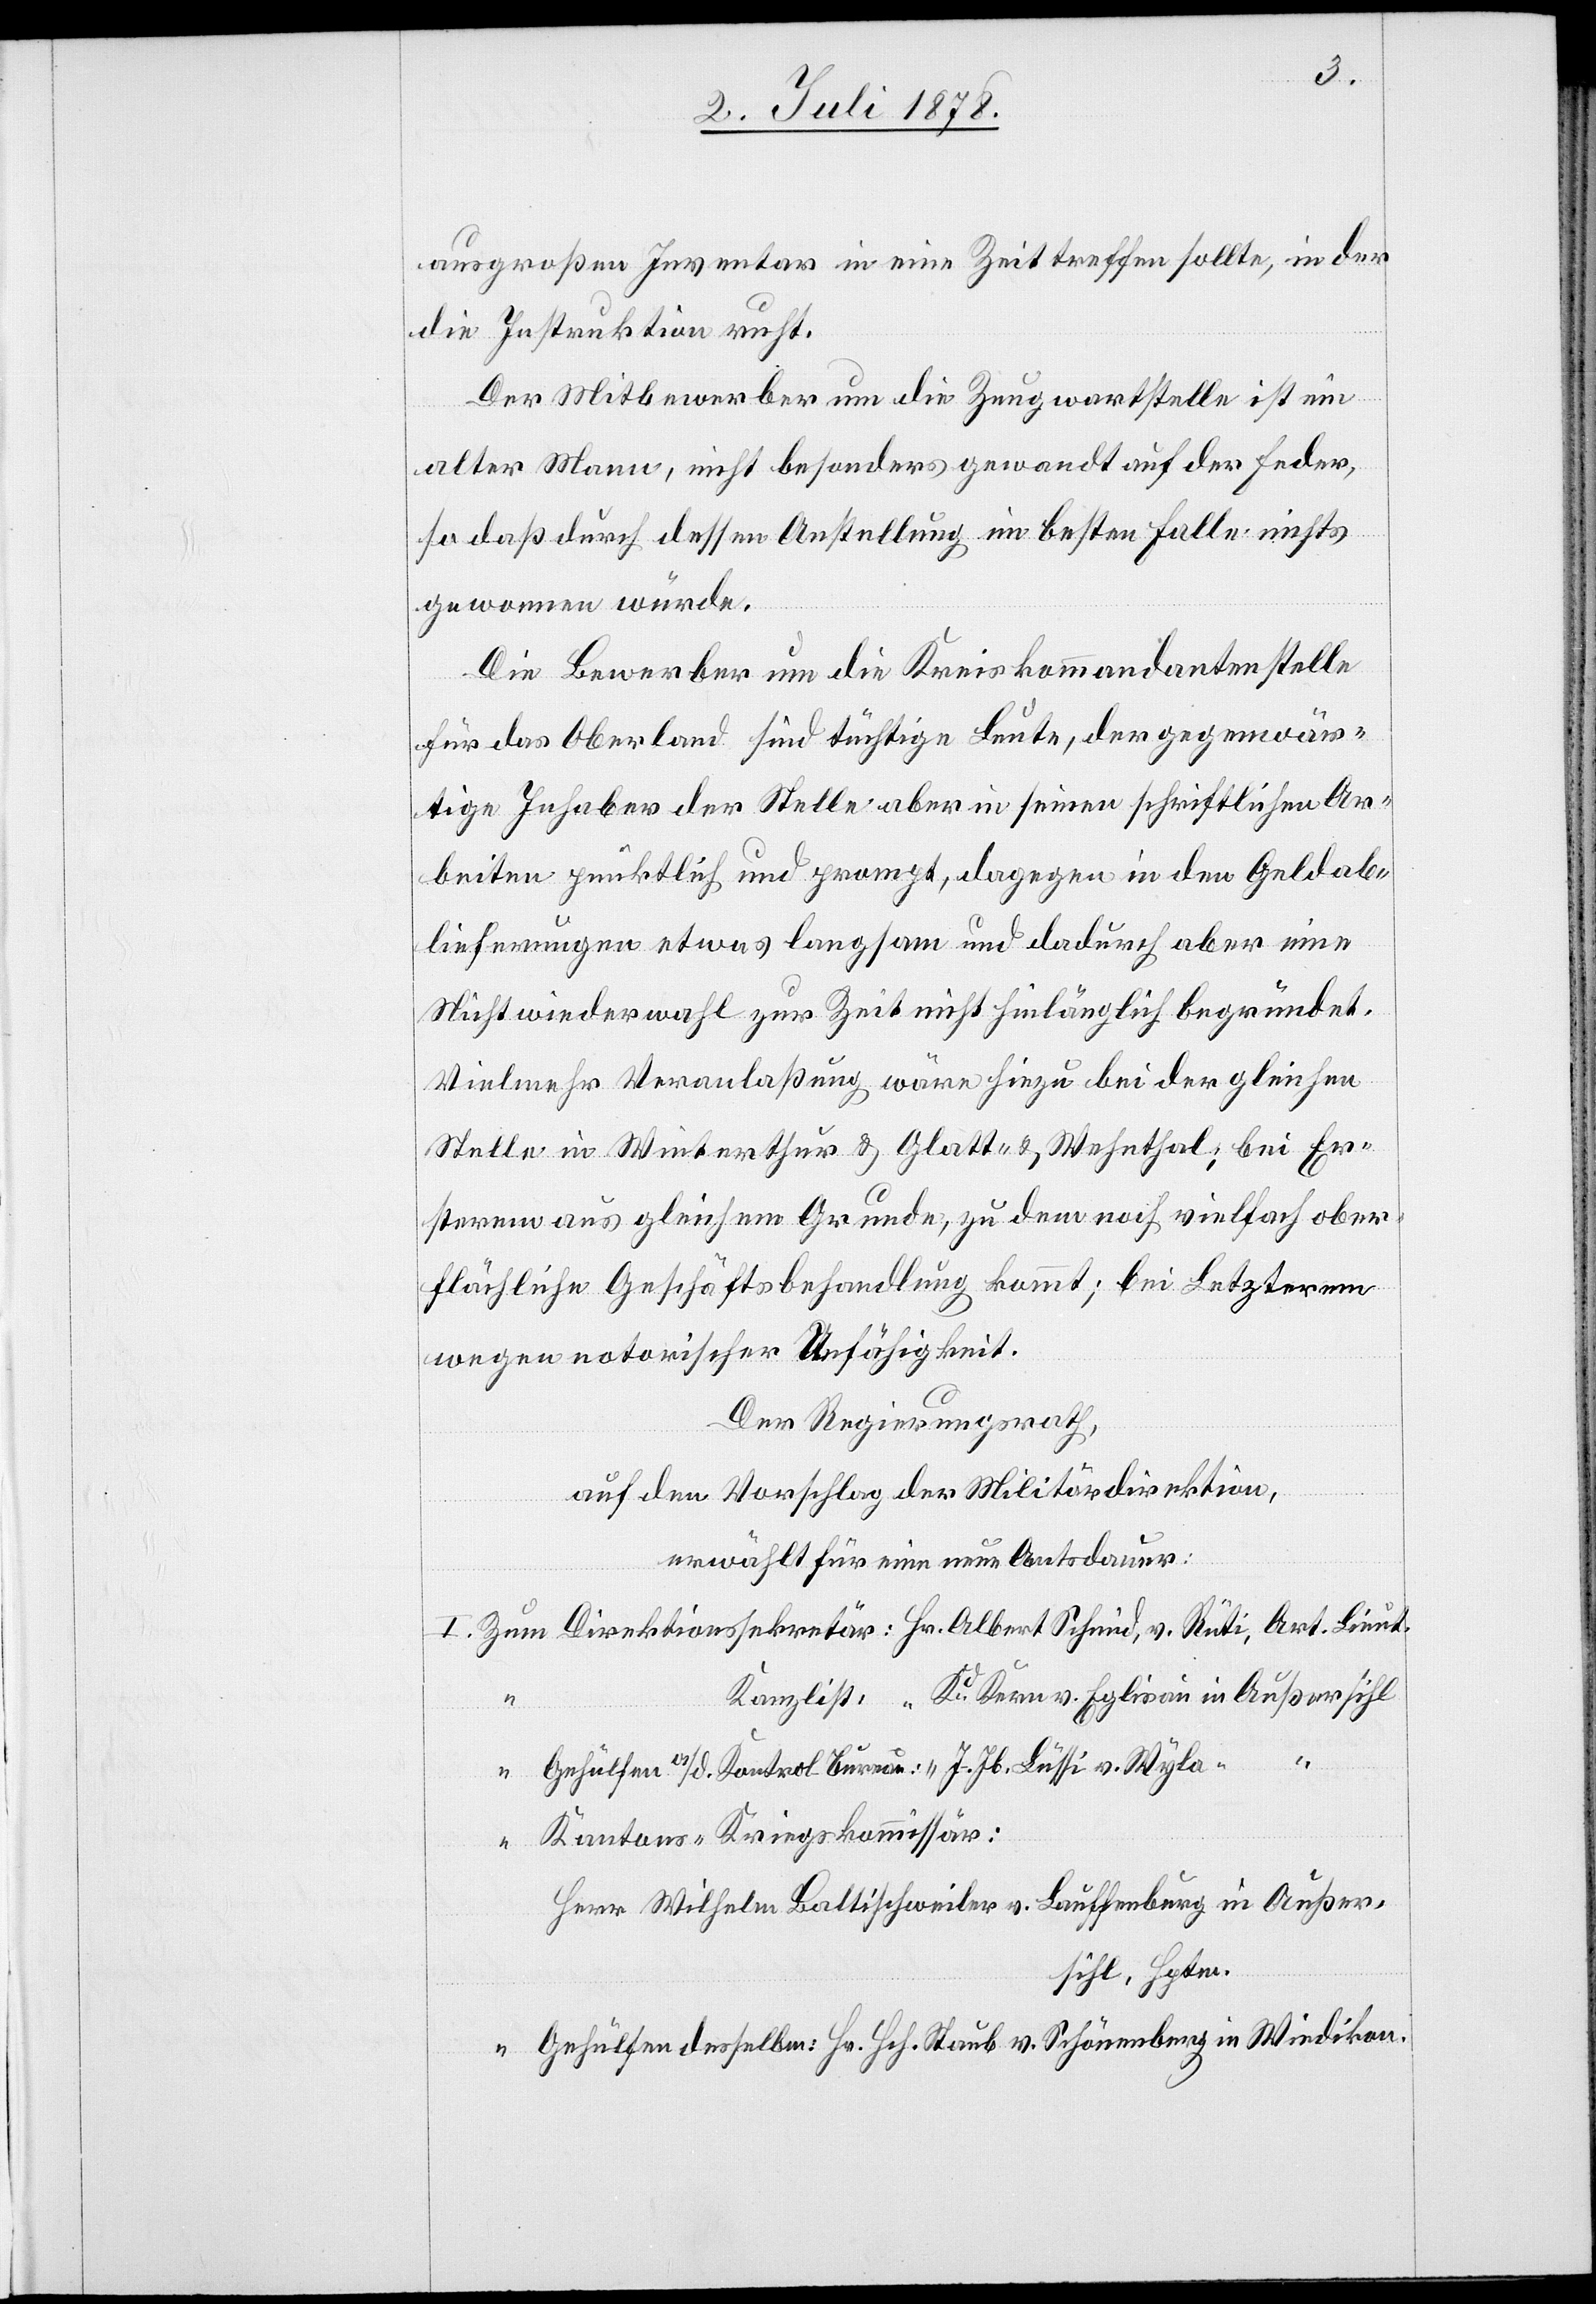
aus großen Inventar in eine Zeit treffen sollte, in der
die Instruktion ruht.
Der Mitbewerber um die Zeugwartstelle ist ein
alter Mann, nicht besonders gewandt auf der Feder,
so daß durch dessen Anstellung im besten Falle nichts
gewonnen würde.
Die Bewerber um die Kreiskommandantenstelle
für das Oberland sind tüchtige Leute, der gegenwär¬
tige Inhaber der Stelle aber in seinen schriftlichen Ar¬
beiten pünktlich und prompt, dagegen in den Geldab¬
lieferungen etwas langsam und dadurch aber eine
Nichtwiederwahl zur Zeit nicht hinlänglich begründet.
Vielmehr Veranlaßung wäre hiezu bei der gleichen
Stelle in Winterthur & Glatt- & Wehnthal; bei Er¬
sterem aus gleichem Grunde, zu dem noch vielfach ober¬
flächliche Geschäftsbehandlung kommt; bei Letzterem
wegen notorischer Unfähigkeit.
Der Regierungsrath,
auf den Vorschlag der Militärdirektion,
erwählt für eine neue Amtsdauer:
I. Zum Direktionssekretär: Hr. Albert Schmid, v. Rüti, Art. Lieut.
Kanzlist: [Hr.] Kd Kern v. Eglisau in Außersihl
“ Gehülfen a/d. Kontrol-Bureau: [Hr.] J. Jb. Lüssi v. Wyla
Kantons-Kriegskommissär:
Herr Wilhelm Battischweiler v. Lauffenberg in Außer¬
sihl, Hptm.
“ Gehülfen desselben: Hr. Hch. Staub v. Schönenberg in Wiedikon.